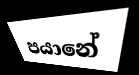
පයානේ